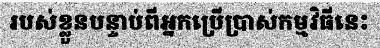
របស់ខ្លួនបន្ទាប់ពីអ្នកប្រើប្រាស់កម្មវិធីនេះ